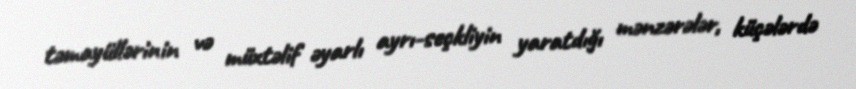
təmayüllərinin və müxtəlif əyarlı ayrı-seçkliyin yaratdığı mənzərələr, küçələrdə